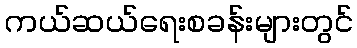
ကယ်ဆယ်ရေးစခန်းများတွင်